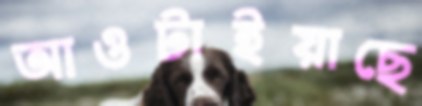
আওটাইয়াছে